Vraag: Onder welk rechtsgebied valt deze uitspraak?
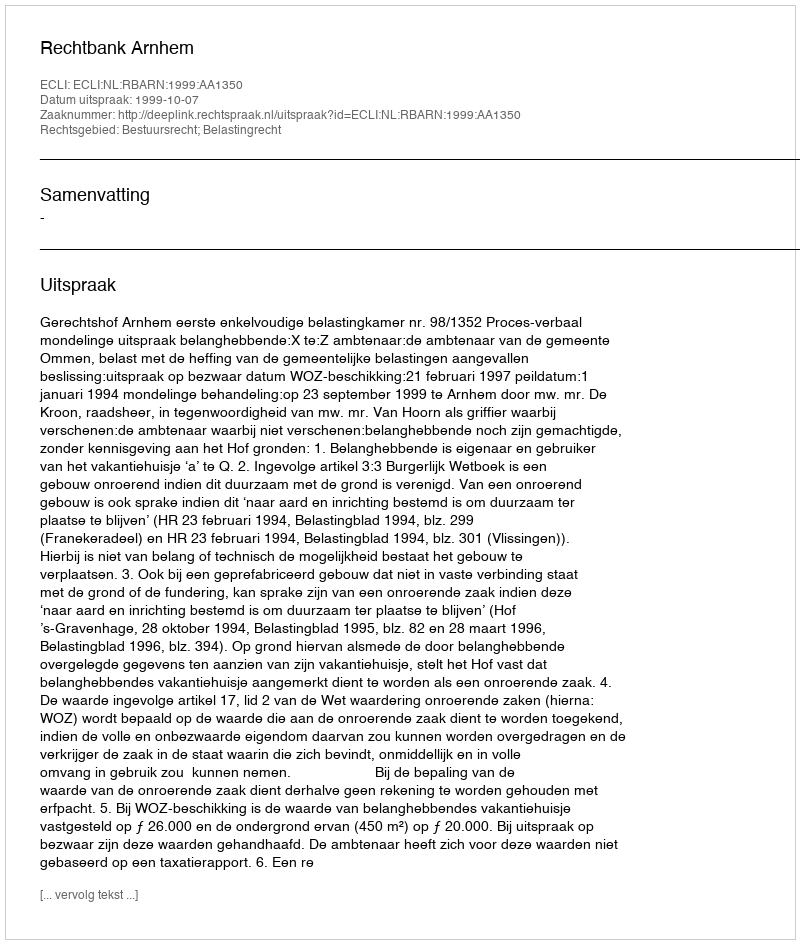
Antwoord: Bestuursrecht; Belastingrecht